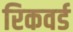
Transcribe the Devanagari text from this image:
रिकवर्ड